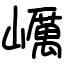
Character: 巁